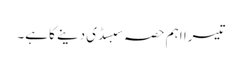
تیسرا اہم حصہ سبسڈی دینے کا ہے۔